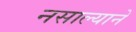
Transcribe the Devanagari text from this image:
नसाल्याने